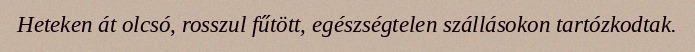
Heteken át olcsó, rosszul fűtött, egészségtelen szállásokon tartózkodtak.